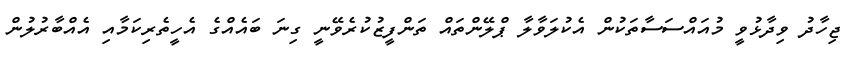
ޖިހާދު ވިދާޅުވީ މުއައްސަސާތަކުން އެކުލަވާލާ ޕްލޭންތައް ތަންފީޒުކުރެވޭނީ ގިނަ ބައެއްގެ އެހީތެރިކަމާއި އެއްބާރުލުން